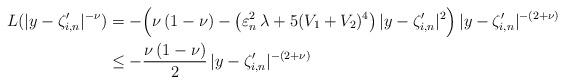
LaTeX: \begin{align*}L(\vert y-\zeta_{i,n}^{\prime}\vert^{-\nu})&=-\Bigl(\nu\,(1-\nu)-\bigl(\varepsilon_n^2\,\lambda+5(V_1+V_2)^4\bigr)\,\vert y-\zeta_{i,n}^{\prime}\vert^2\Bigr)\,\vert y-\zeta_{i,n}^{\prime}\vert^{-(2+\nu)}\\&\leq -\frac{\nu\,(1-\nu)}{2} \,\vert y-\zeta_{i,n}^{\prime}\vert^{-(2+\nu)}\end{align*}